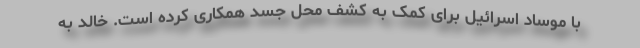
با موساد اسرائیل برای کمک به کشف محل جسد همکاری کرده است. خالد به